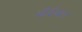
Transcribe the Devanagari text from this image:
भोईवंश